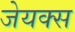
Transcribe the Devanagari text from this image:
जेयक्स